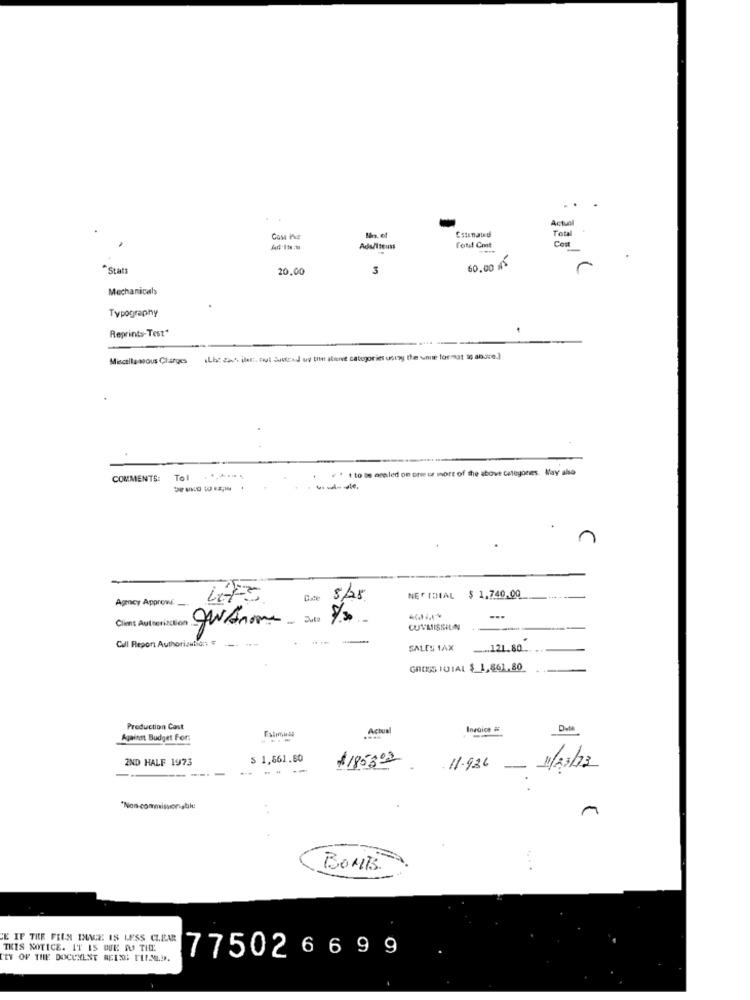
Estimated
Actu
Total
Ads/iteits
Total Cost
Con
*Stat
20.00
3
60.00 5
Mechanicals
Typography
Reprints-Test"
Miscella mous Charges
ILbe det, ilest. nul Suited wy the almive categories using the unne format 20 andre.]
' t to be aseled on orie ce more of the above categores. May also
COMMENTS:
Tol
Agency Approwe
Coste
8/25
NETTOIAL
$ 1.740.00
Client Autterizction
...
CUTMISSION
Cull Report Authorizationt &
SALES TAX
.... 121.80.
GROSS FUIAL $_1,861.80
Production Cost
Actual
Invoice
Against Budget For.
...
2ND HALF 1973
S 1,561.50
$185302
11.936
11/23/13
"Non- commissioniable
BOATS
... .
'E IF THE FILM INNE IS LESS CLEAR
THIS NOTICE. IT IS QUE DO THE
CET OF THE DOCUMENT NEED: TLFSED.
77502 6 6 99